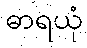
ဓာရယုံ